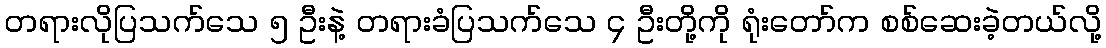
တရားလိုပြသက်သေ ၅ ဦးနဲ့ တရားခံပြသက်သေ ၄ ဦးတို့ကို ရုံးတော်က စစ်ဆေးခဲ့တယ်လို့